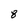
Character: 8